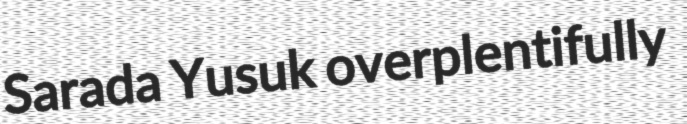
Sarada Yusuk overplentifully